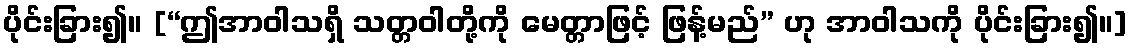
ပိုင်းခြား၍။ [“ဤအာဝါသရှိ သတ္တဝါတို့ကို မေတ္တာဖြင့် ဖြန့်မည်” ဟု အာဝါသကို ပိုင်းခြား၍။]